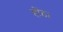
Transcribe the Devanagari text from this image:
होंठ।